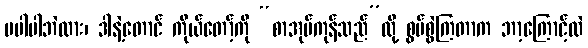
မပါပါဘဲလား၊ ဒါနဲ့တောင် ကိုယ်တော့်ကို “စာအုပ်ကုန်သည်”လို့ စွပ်စွဲကြတာက ဘာ့ကြောင့်လဲ